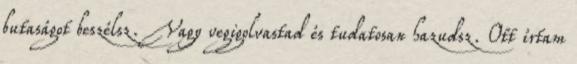
butaságot beszélsz. Vagy vegigolvastad és tudatosan hazudsz. Ott írtam